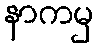
နာကမှ